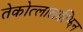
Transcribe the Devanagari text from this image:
तेकोत्लालात्झिन